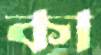
কা